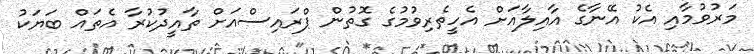
މަރުވުމާއި އެކު އޭނާގެ އާއިލާއަށް އެހީތެރިވުމުގެ ގޮތުން ޕްރައިސްއަށް ތާއީދުކުރާ އެތައް ބަޔަކު